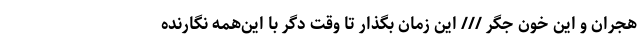
هجران و این خون جگر /// این زمان بگذار تا وقت دگر با این‌همه نگارنده